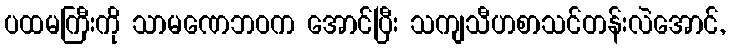
ပထမကြီးကို သာမဏေဘဝက အောင်ပြီး သကျသီဟစာသင်တန်းလဲအောင်,